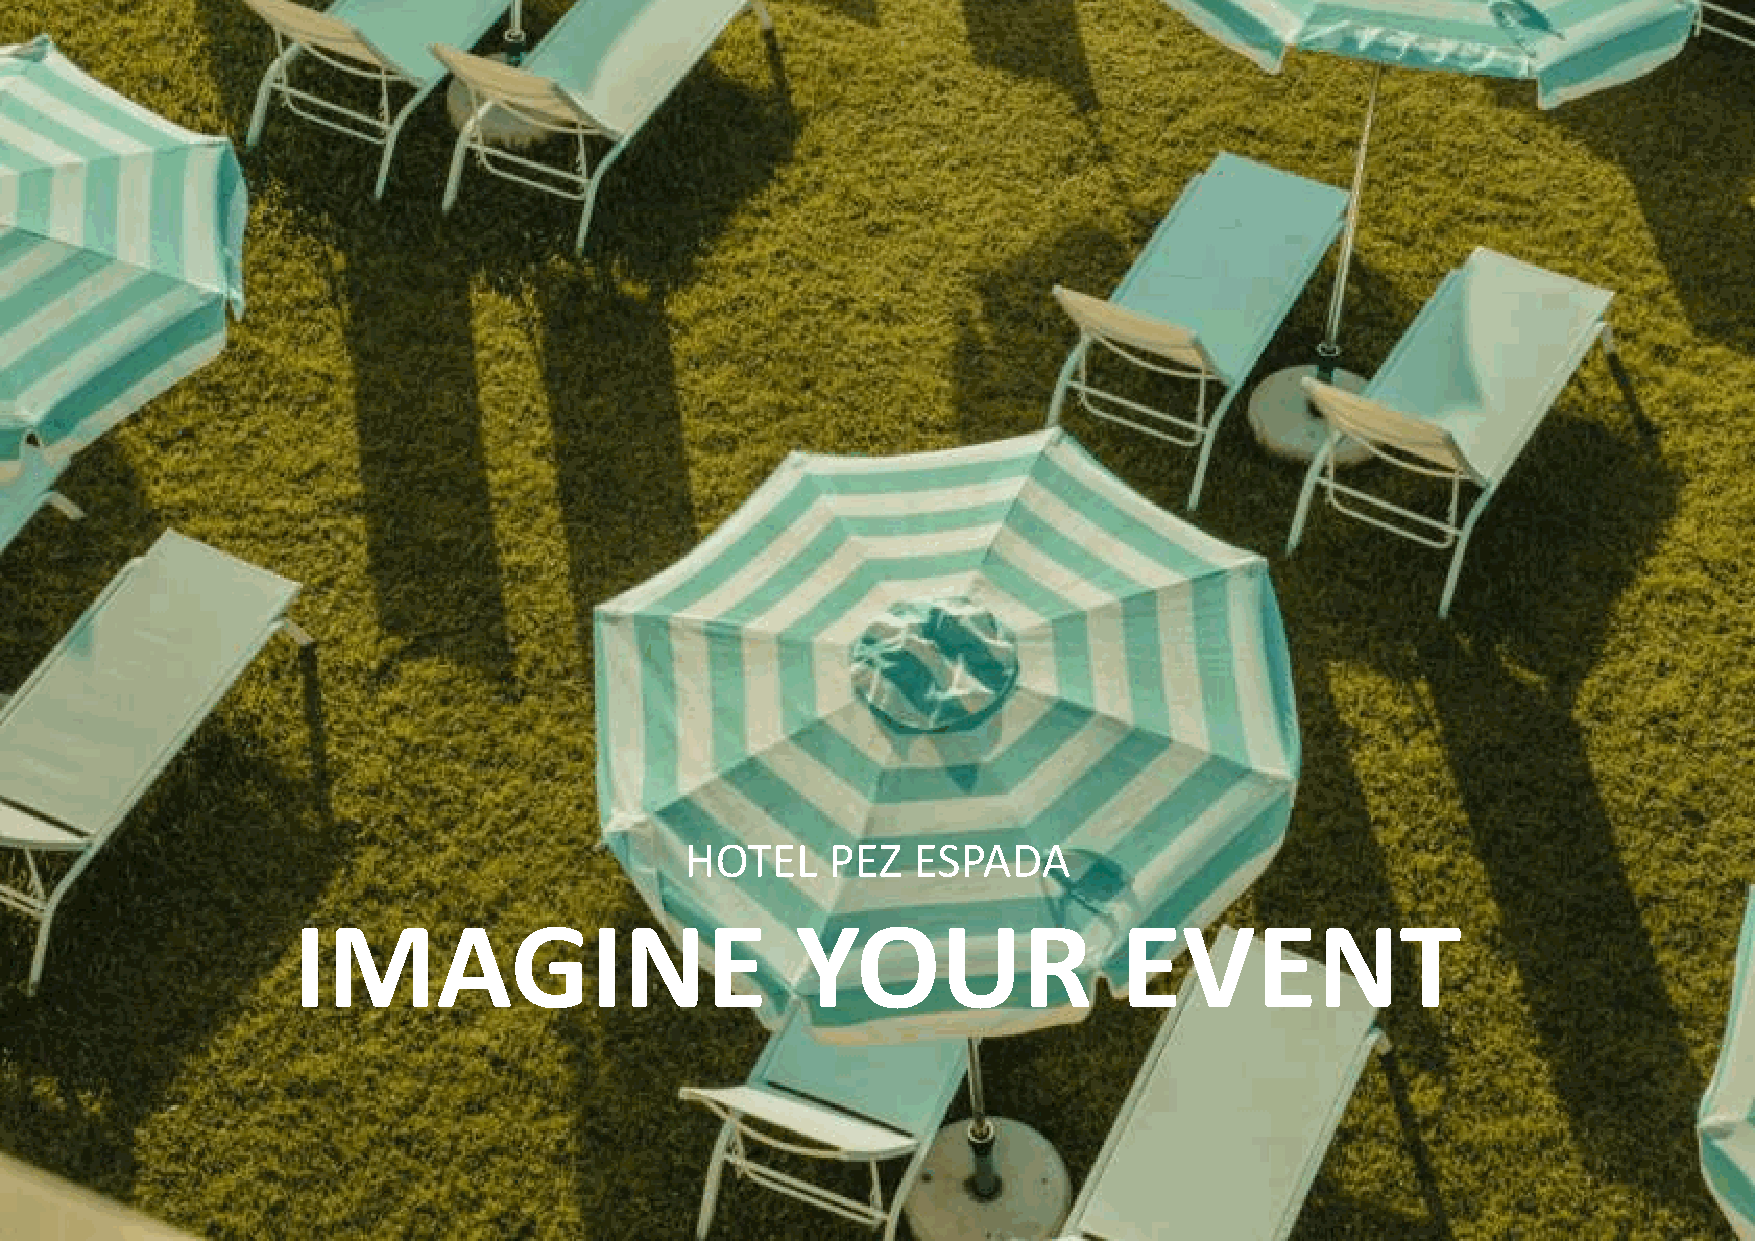
HOTEL     PEZ  ESPADA
 IMAGINE                           YOUR                 EVENT